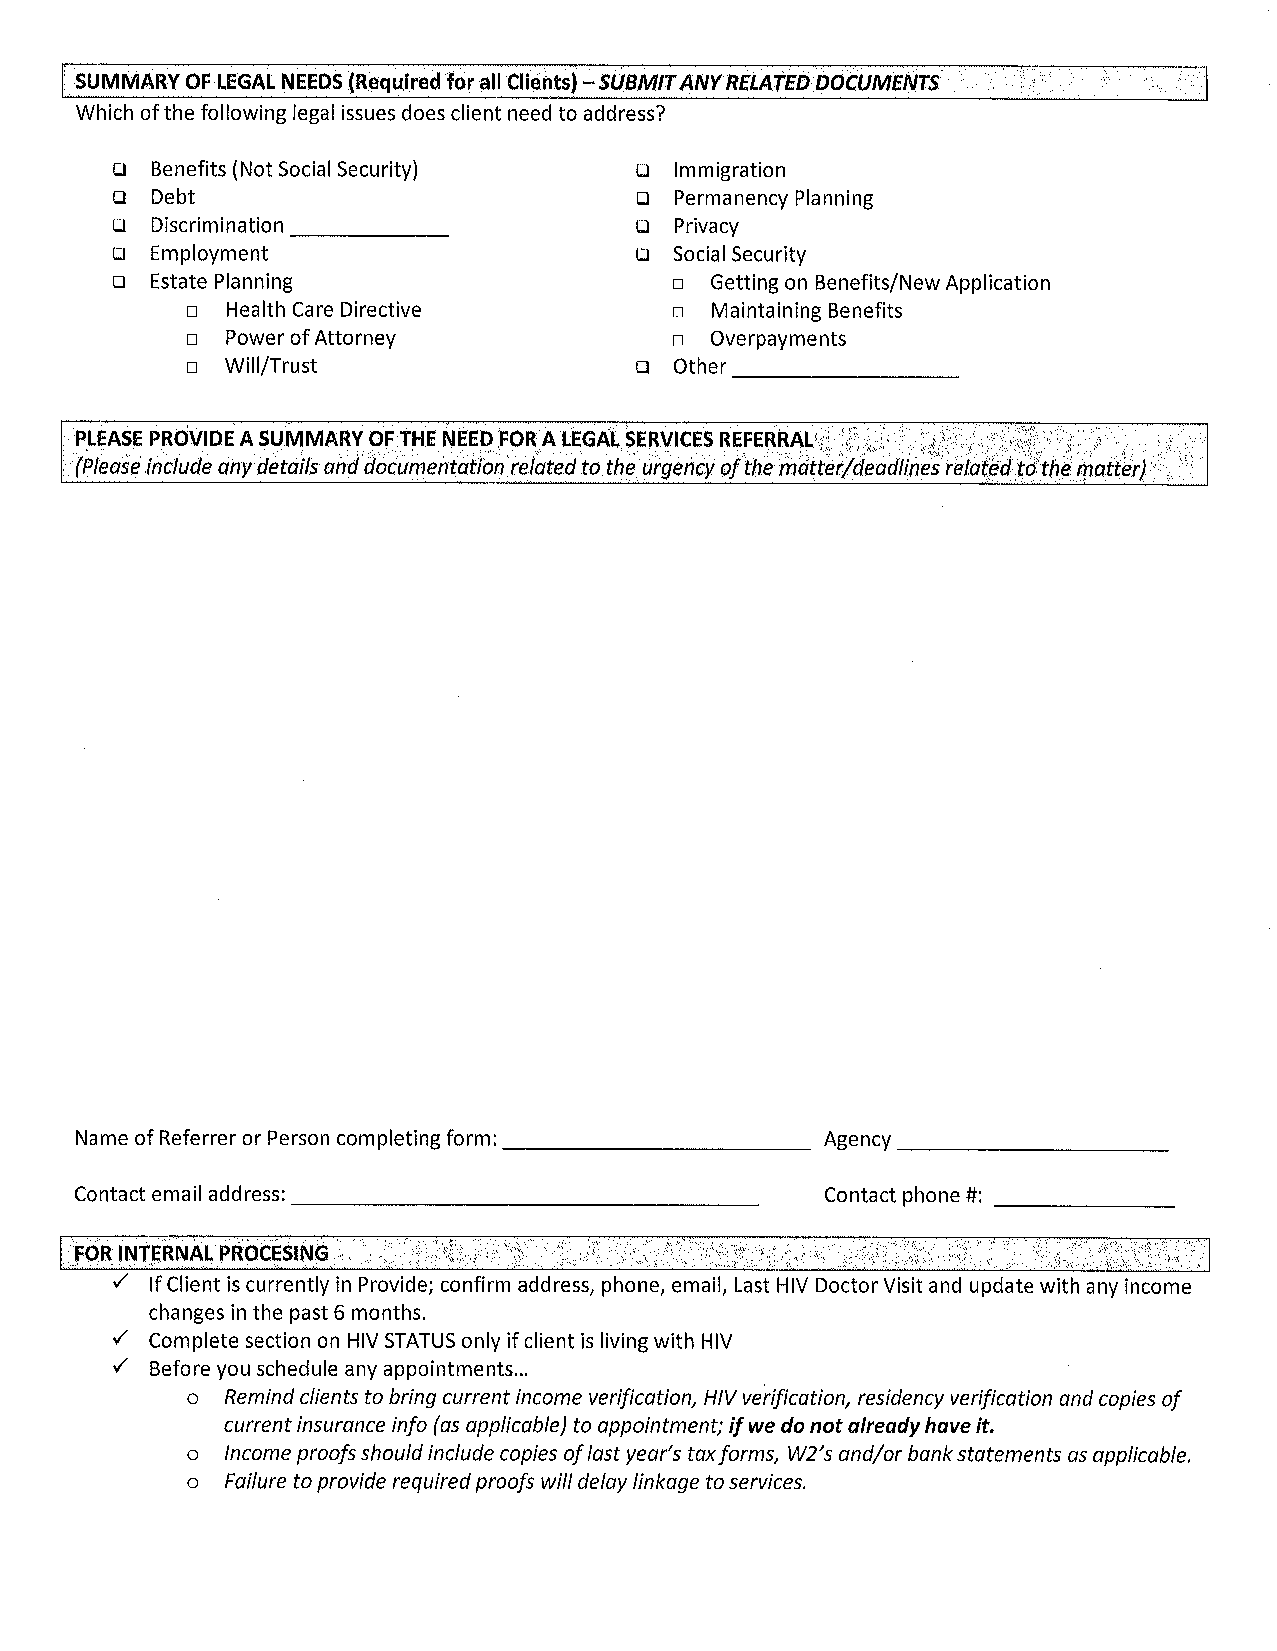
SUMMARY OF LEGAL NEEDS (Required for all Clients) -SUBMITANYRELATED DOCUMENTS
 Which of the following legal iSsues does client need to address?
 [J Benefits (Not Social Security)  [2 Immigration
 Q  Debt                            o  Permanency Planning
 Cl Discrimination                  Q  Privacy
 Q  Employment                      Q Social Security
 u  Estate Planning                   a  Getting on Benefits/New Application
 a  Health Care Directive        a  Maintaining Benefits
 a  Power of Attorney            a  Overpayments
 a  Will/Trust                 Q Other
 PLEASE PROVIDE A SUMMARY OF THE NEED FOR A LEGAL SERVICES REFERRAL
 (Please include any details and documentation related to the urgency of the matter/deadlines related to the matter)
 Name of Referrer or Person completing form:       %ency
 Contact email address:                            Contact phone #:
 I  IfClientiscurrentlyinProvide;confirmaddress,phone,email,LastHIVDoctorVisitandupdatewithanyincome
 changes in the past 6 months.
 I  Complete section on HIV STATUS only if client is living with HIV
 I Before you schedule any appointments...
 o  Remind clients to bring current income verification, HIV verification, residency verification and copies of
 current insurance info (as applicable) to appointment; if we do not already have it.
 o  Income proofs should include copies of last yeaYs tax forms, W2's and/or bank statements as applicable.
 o  Failure to provide required proofs will delay linkage to services.
 Z.'lForms'Jntakesl2019Draftedl2019IntakeFormsl2019JUHLegalIntak oerRejerralFoim.docx